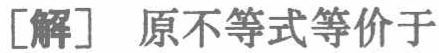
[解] 原不等式等价于